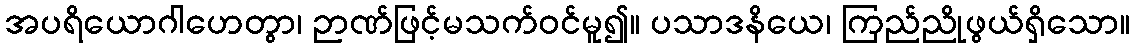
အပရိယောဂါဟေတွာ၊ ဉာဏ်ဖြင့်မသက်ဝင်မူ၍။ ပသာဒနိယေ၊ ကြည်ညိုဖွယ်ရှိသော။